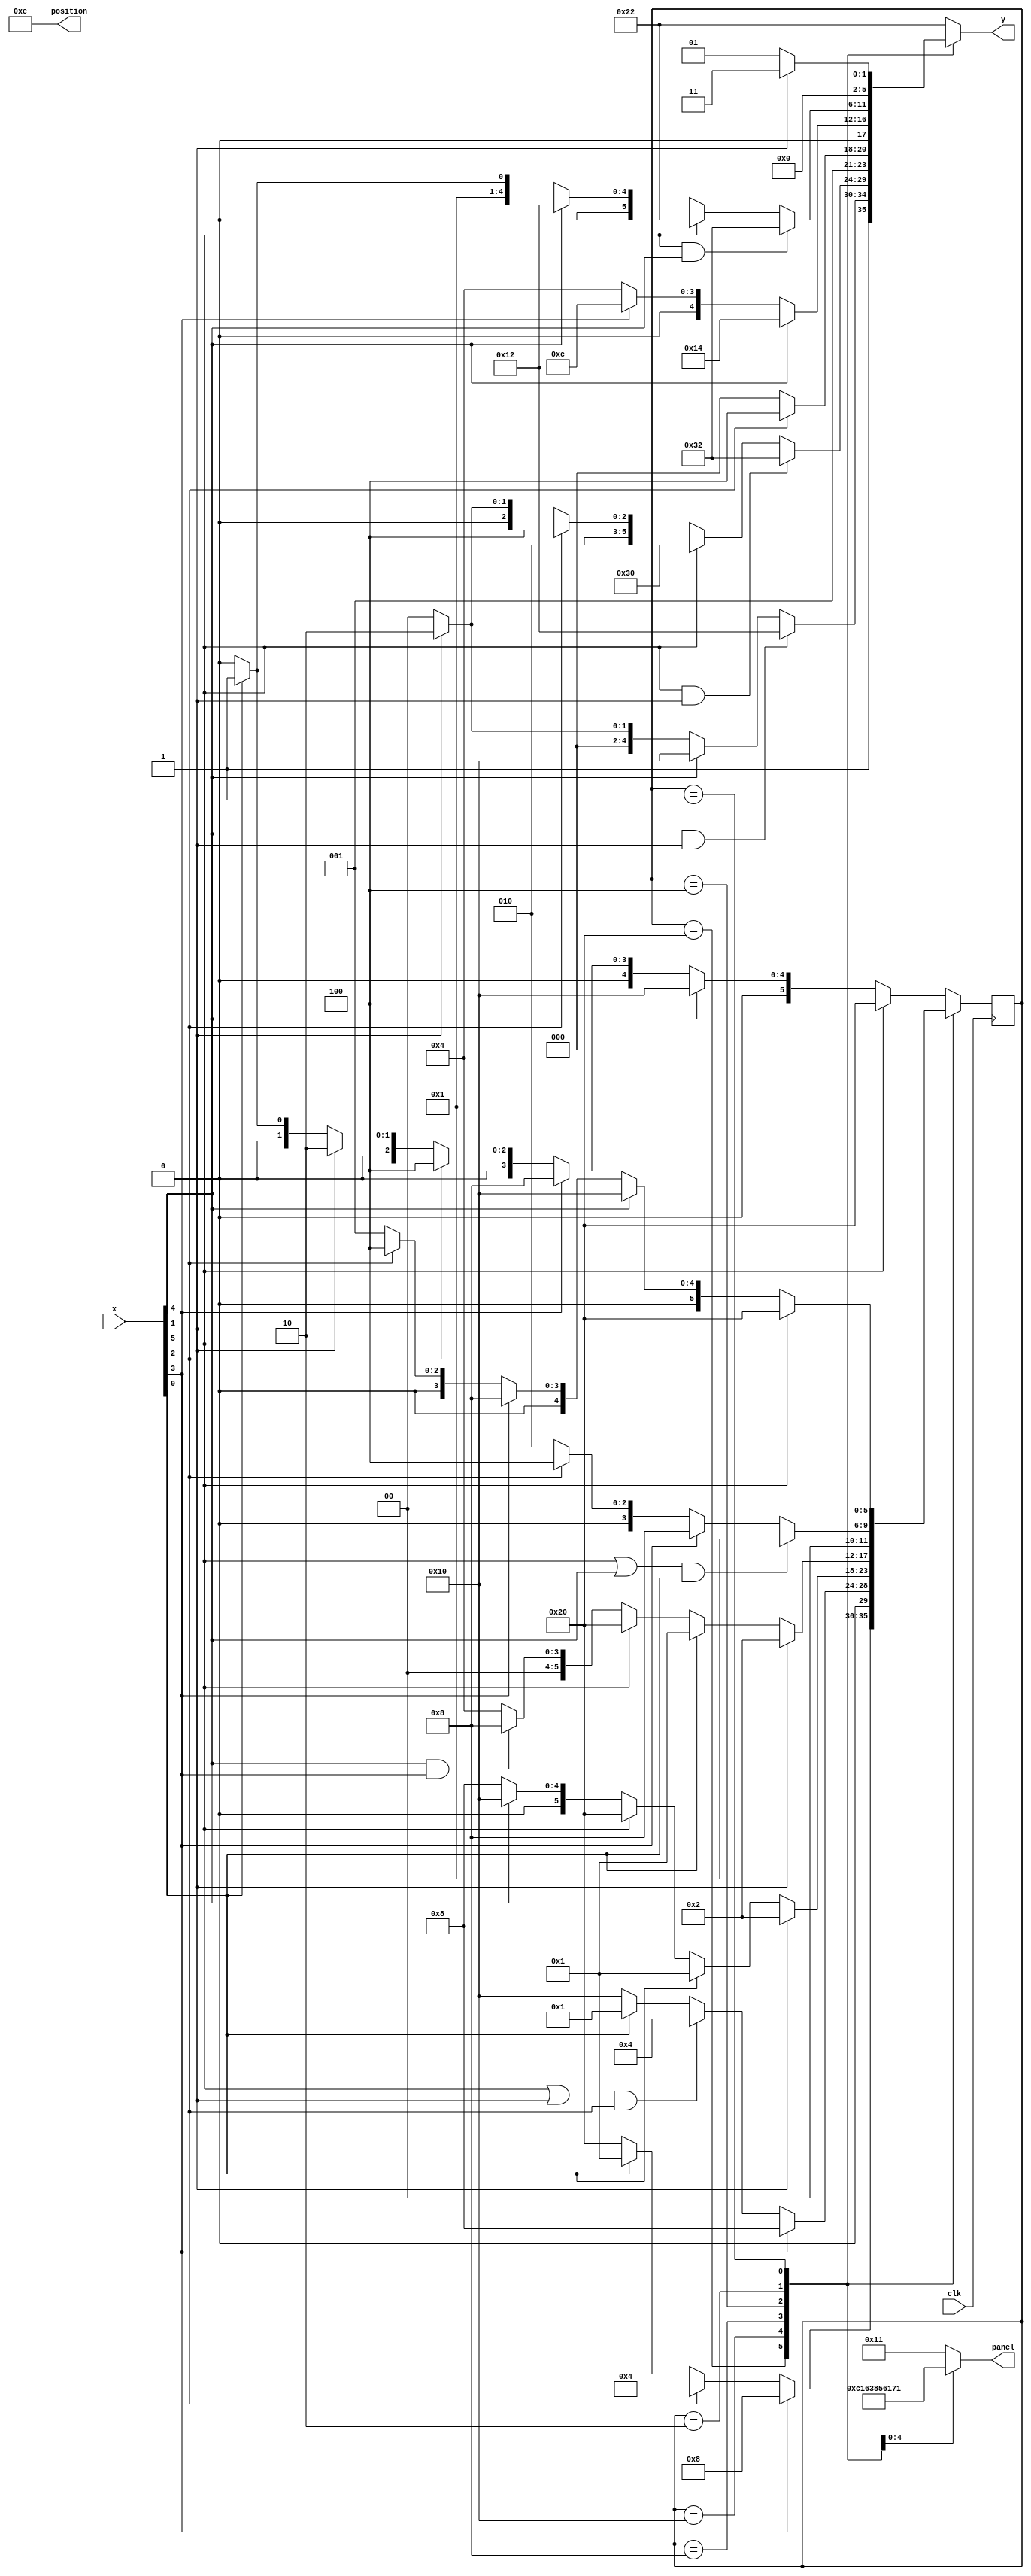
//Chris Vasquez
// EE 2742 - Section 1

`timescale 1ns / 1ps 

module controller_CV(
    input[5:0] x,
    input clk,
    output reg [5:0] y,
    output reg [7:0] panel,
    output reg [3:0] position
    );
    
    parameter [5:0] s0 = 6'b100000, s1 = 6'b110000, s2 = 6'b100010, s3 = 6'b110010,         //A-States
                    s4 = 6'b010000, s5 = 6'b010010, s6 = 6'b010100,                         //B-States
                    s7 = 6'b001000, s8 = 6'b001100,                                         //C-States
                    s9 = 6'b000100,                                                         //D-States
                    s10 = 6'b000010, s11 = 6'b000011,                                       //E-States
                    s12 = 6'b000001;                                                        //F-States
               
    reg [5:0] next_light;
    reg [5:0] current_light;
    
    always@(current_light, x)   
        case(current_light)
           6'b100000 : begin
           
                         if(x[4] == 1 && x[1] == 1) y = s3;
                         else if(x[4] == 1) y = s1;
                         else if(x[1] == 1) y = s2;  
                         else y = s0;

                         position = 4'b1110;
                         panel = 8'b00010001;
   
                         if(x[3] == 1) next_light <= 6'b001000;
                         else if(x[2] == 1) next_light <= 6'b000100;
                         else if(x[0] == 1) next_light <= 6'b000001;
                         else next_light <= 6'b100000;
                       end
      
          6'b010000 : begin
                         if(x[5] == 1 && x[1] == 1) y = s3;
                         else if(x[5] == 1) y = s1;
                         else if(x[2] == 1) y = s6;
                         else if(x[1] == 1) y = s5;
                         else y = s4;
                         
                         position = 4'b1110;
                         panel = 8'b11000001;  
                         
                         if(x[3] == 1) next_light <= 6'b001000;
                         else if((x[5] == 1  || x[1] == 1) && x[2] == 1) next_light <= 6'b000100; //if B chooses D, you know A and E have cars
                         else if(x[0] == 1) next_light <= 6'b000001;
                         else next_light <= 6'b010000;
                       end
                       
           6'b001000 : begin
                         if(x[2] == 1) y = s8;
                         else y = s7;
                         
                         position = 4'b1110;
                         panel = 8'b01100011;
                         
                         if(x[1] == 1) next_light <= 6'b000010;
                         else if(x[0] == 1) next_light <= 6'b000001;
                         else if(x[5] == 1) next_light <= 6'b100000;
                         else if(x[4] == 1) next_light <= 6'b010000;
                         else next_light <= 6'b001000;
                       end
                       
           6'b000100 : begin
                        if(x[4] == 1) y = s6;
                        else if (x[3] == 1) y = s8;
                        else y = s9;
                         
                         position = 4'b1110;
                         panel = 8'b10000101;
                         
                         if(x[1] == 1) next_light <= 6'b000010;
                         else if(x[0] == 1) next_light <= 6'b000001;
                         else if(x[5] == 1) next_light <= 6'b100000;
                         else if(x[4] == 1 && x[3] == 1) next_light <= 6'b001000; // If D chooses C, you know b has no car
                         else next_light <= 6'b000100;
                       end
                       
           6'b000010 : begin
                         if(x[5] == 1 && x[4] == 1) y = s3;
                        else if(x[5] == 1) y = s2;
                        else if(x[4] == 1) y = s5;
                        else if(x[0] == 1) y = s11;
                        else y = s10;
                             
                         position = 4'b1110;
                         panel = 8'b01100001;
                         
                         if((x[5] == 1 || x[4] == 1) && x[0] == 1) next_light <= 6'b000001; //if F chosen by E, A and B have no car
                         else if(x[3] == 1) next_light <= 6'b001000;
                         else if(x[2] == 1) next_light <= 6'b000100;
                         else next_light <= 6'b000010;
                       end  
           
           6'b000001 : begin
                         if(x[1] == 1) y = s11;
                         else y = s12;
                             
                         position = 4'b1110;
                         panel = 8'b01110001;
           
                         if(x[5] == 1) next_light <= 6'b100000;
                         else if(x[4] == 1) next_light <= 6'b010000;
                         else if(x[3] == 1) next_light <= 6'b001000;
                         else if(x[2] == 1) next_light <= 6'b000100;
                         else next_light <= 6'b000001;
                       end

           default :   begin
           
                        y = 6'b100010;
                        
                        position = 4'b1110;
                        panel = 8'b00010001;
                       
                        if(x[5] == 1) next_light <= 6'b100000;
                        else if(x[4] == 1) next_light <= 6'b010000;
                        else if(x[3] == 1) next_light <= 6'b001000;
                        else if(x[2] == 1) next_light <= 6'b000100;
                        else if(x[1] == 1) next_light <= 6'b000010;
                        else if(x[0] == 1) next_light <= 6'b000001;
                        else next_light <= 6'b000000; 
                       end                        
        endcase        

     always@(posedge clk)
        begin
          current_light <= next_light;
       end
            
endmodule